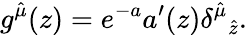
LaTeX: g^{\hat{\mu}}(z)=e^{-a}a^{\prime}(z){\delta^{\hat{\mu}}}_{\hat{z}}.